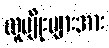
လူမျိုးများအား